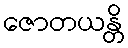
ဇောတယန္တိ